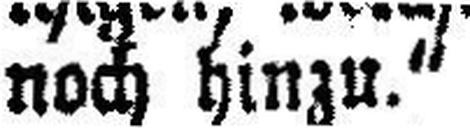
noch hinzu.“